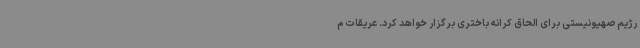
رژیم صهیونیستی برای الحاق کرانه باختری برگزار خواهد کرد. عریقات م